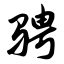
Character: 骋